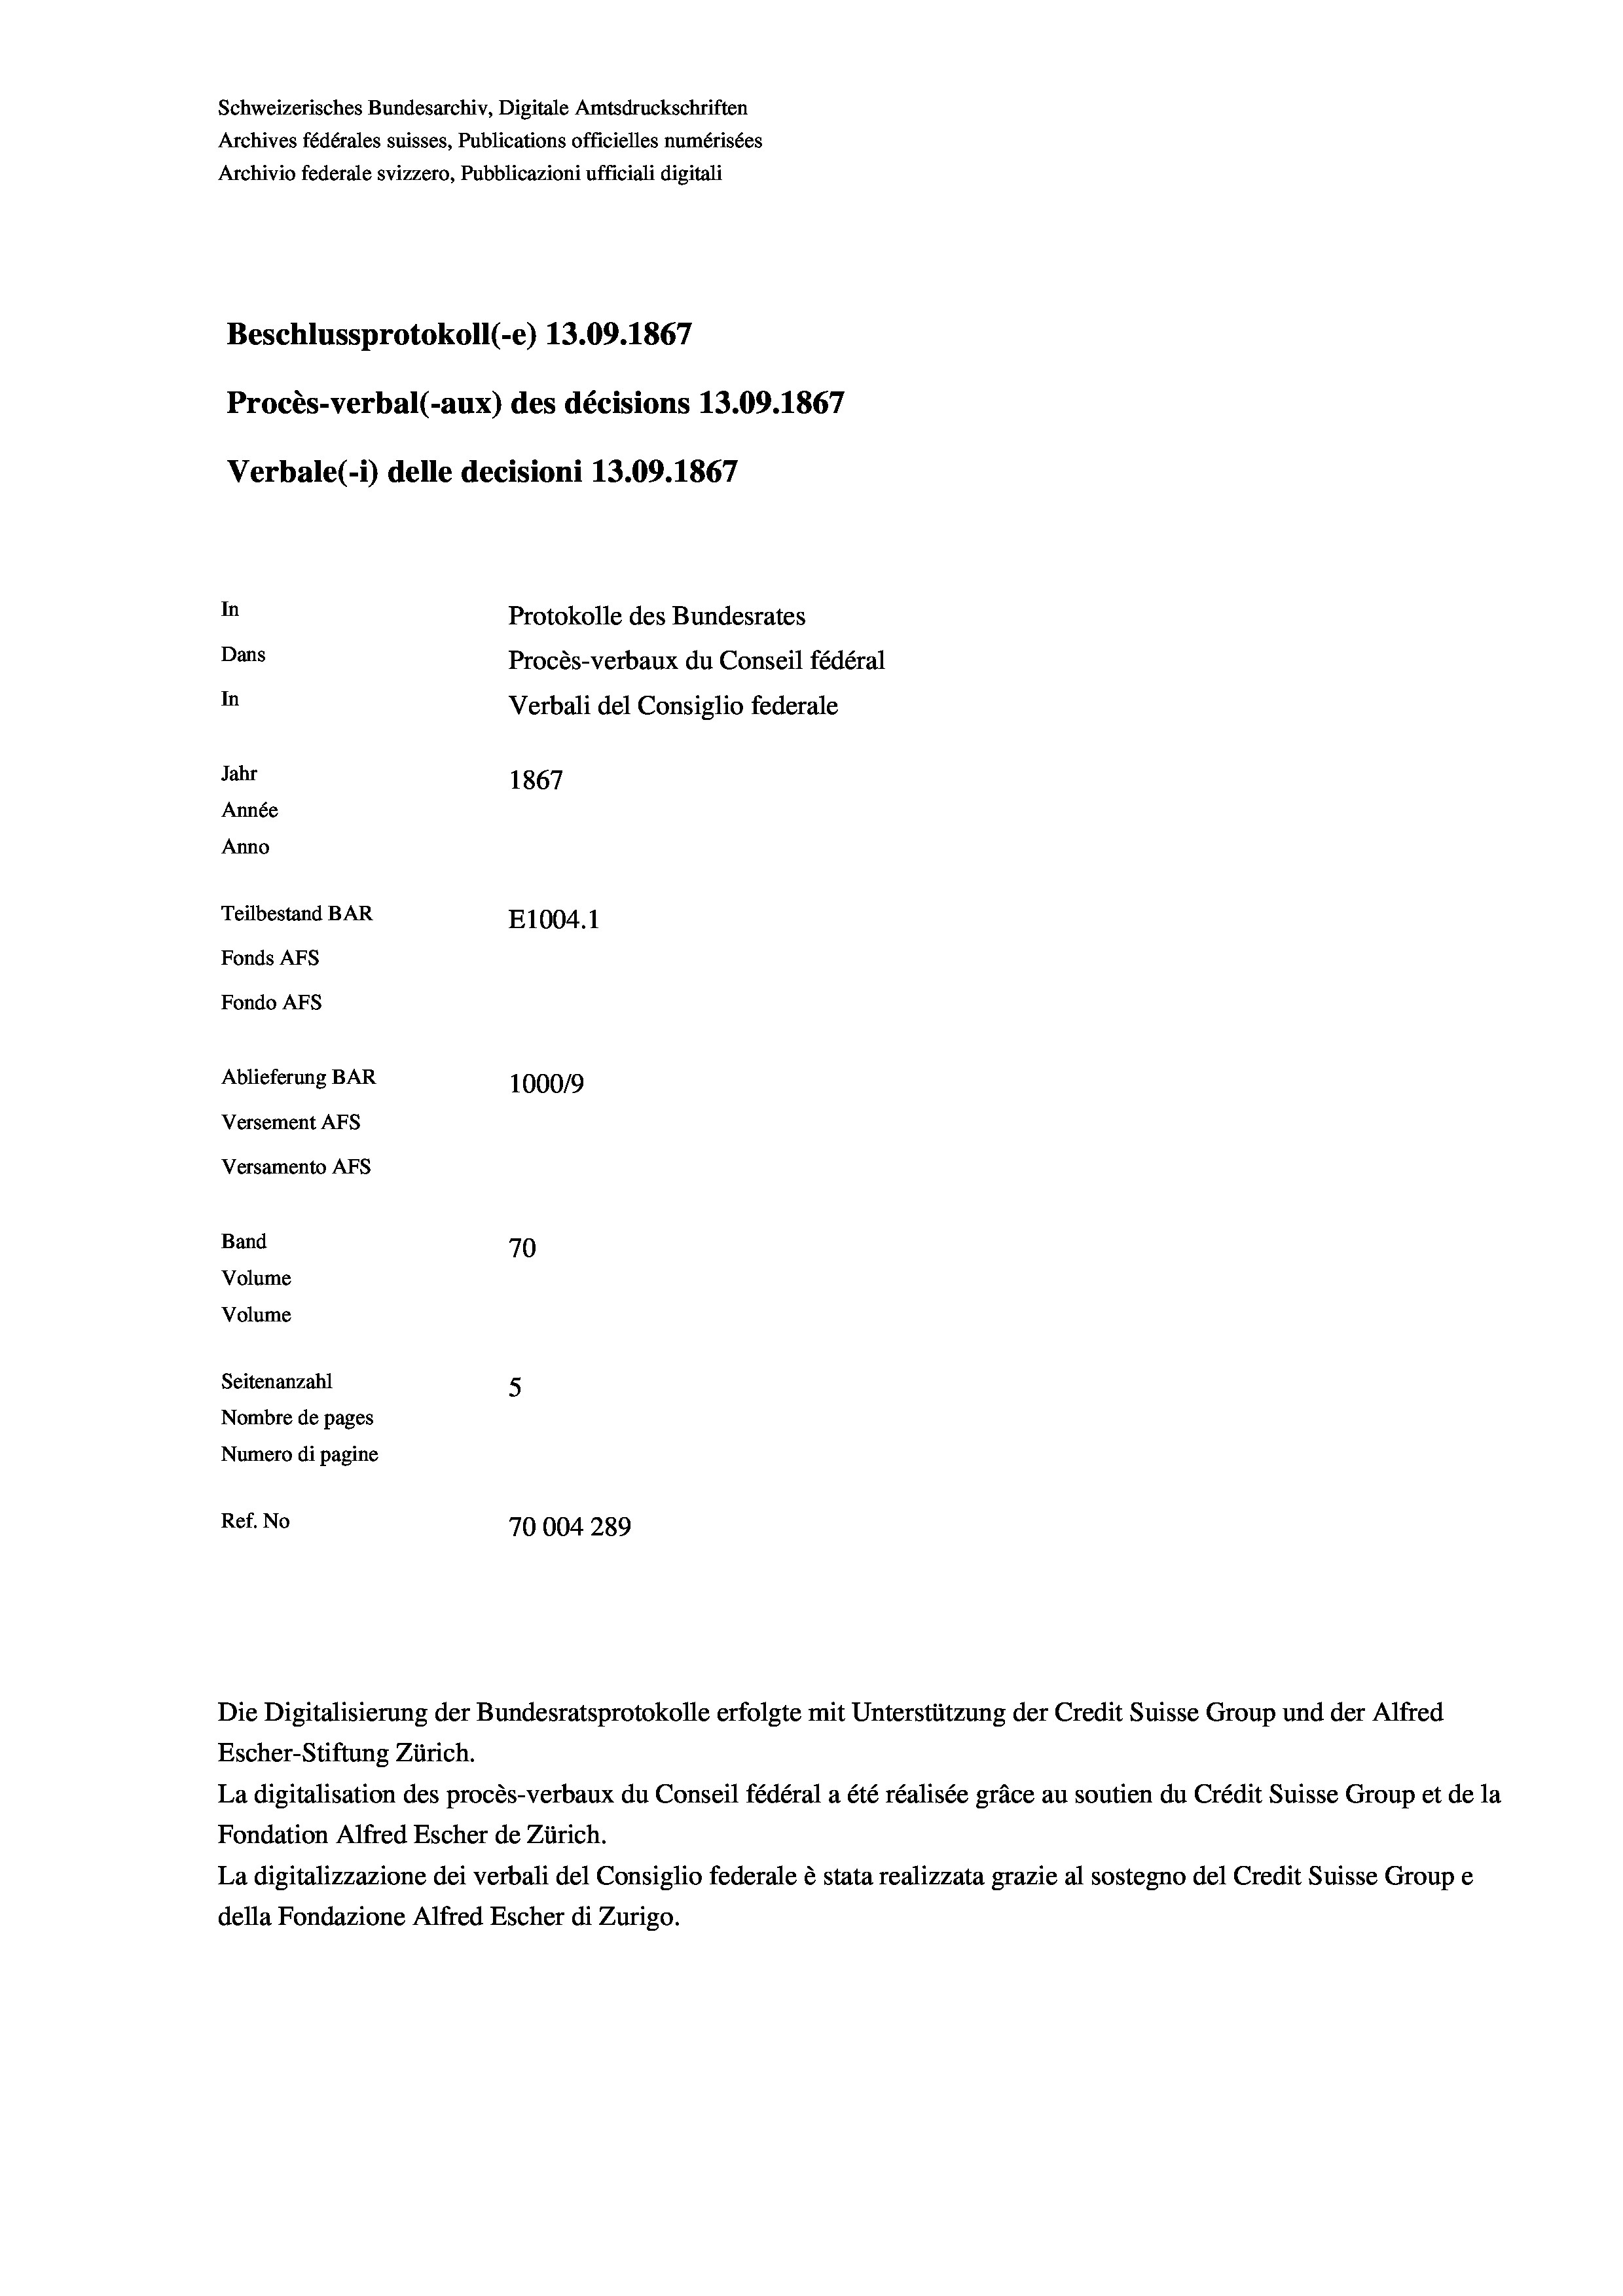
Schweizerisches Bundesarchiv, Digitale Amtsdruckschriften
Archives fédérales suisses, Publications officielles numérisées
Archivio federale svizzero, Pubblicazioni ufficiali digitali
Beschlussprotokoll (-e) 13.09. 1867
Procès-verbal (-aux) des décisions 13.09. 1867
Verbale(*) delle decisioni 13.09. 1867
In
Protokolle des Bundesrates
Dans
Procès-verbaux du Conseil fédéral
In
Verbali del Consiglio federale
Jahr
1867
Année
Anno
Teilbestand BAR
E1004.1
Fonds AFs
Fondo AFs
Ablieferung BAR
100019
Versement Abs
Versamento Afs
Band
70
Volume
Volume
Seitenanzahl
5
Nombre de pages
Numero di pagine
Ref. No
70004289

Die Digitalisierung der Bundesratsprotokolle erfolgte mit Unterstützung der Credit Suisse Group und der Alfred
Escher-Stiftung Zürich.
La digitalisation des procès-verbaux du Conseil fédéral a été réalisée gräce au soutien du Crédit Suisse Group et de la
Fondation Alfred Escher de Zürich.
La digitalizzazione dei verbali del Consiglio federale è stata realizzata grazie al sostegno del Credit Suisse Groupe
della Fondazione Alfred Escher di Zurigo.